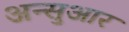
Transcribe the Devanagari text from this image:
अन्सुआर